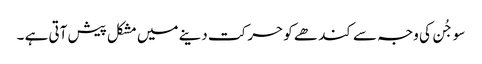
سو جُن کی وجہ سے کند ھے کو حر کت دینے میں مشکل پیش آتی ہے ۔